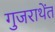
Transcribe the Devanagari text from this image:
गुजराथेंत